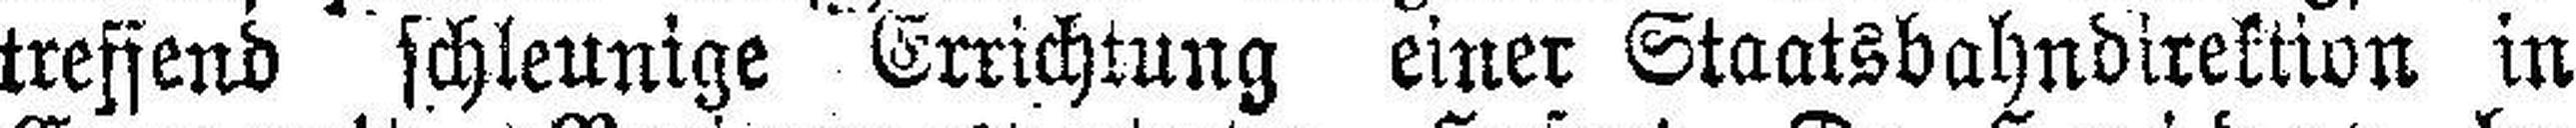
treffend schleunige Errichtung einer Staatsbahndirektion in